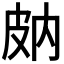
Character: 𤿒